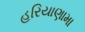
હરિયાણામા